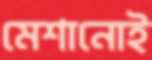
মেশানোই